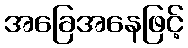
အခြေအနေဖြင့်